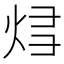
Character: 𰞝